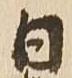
日